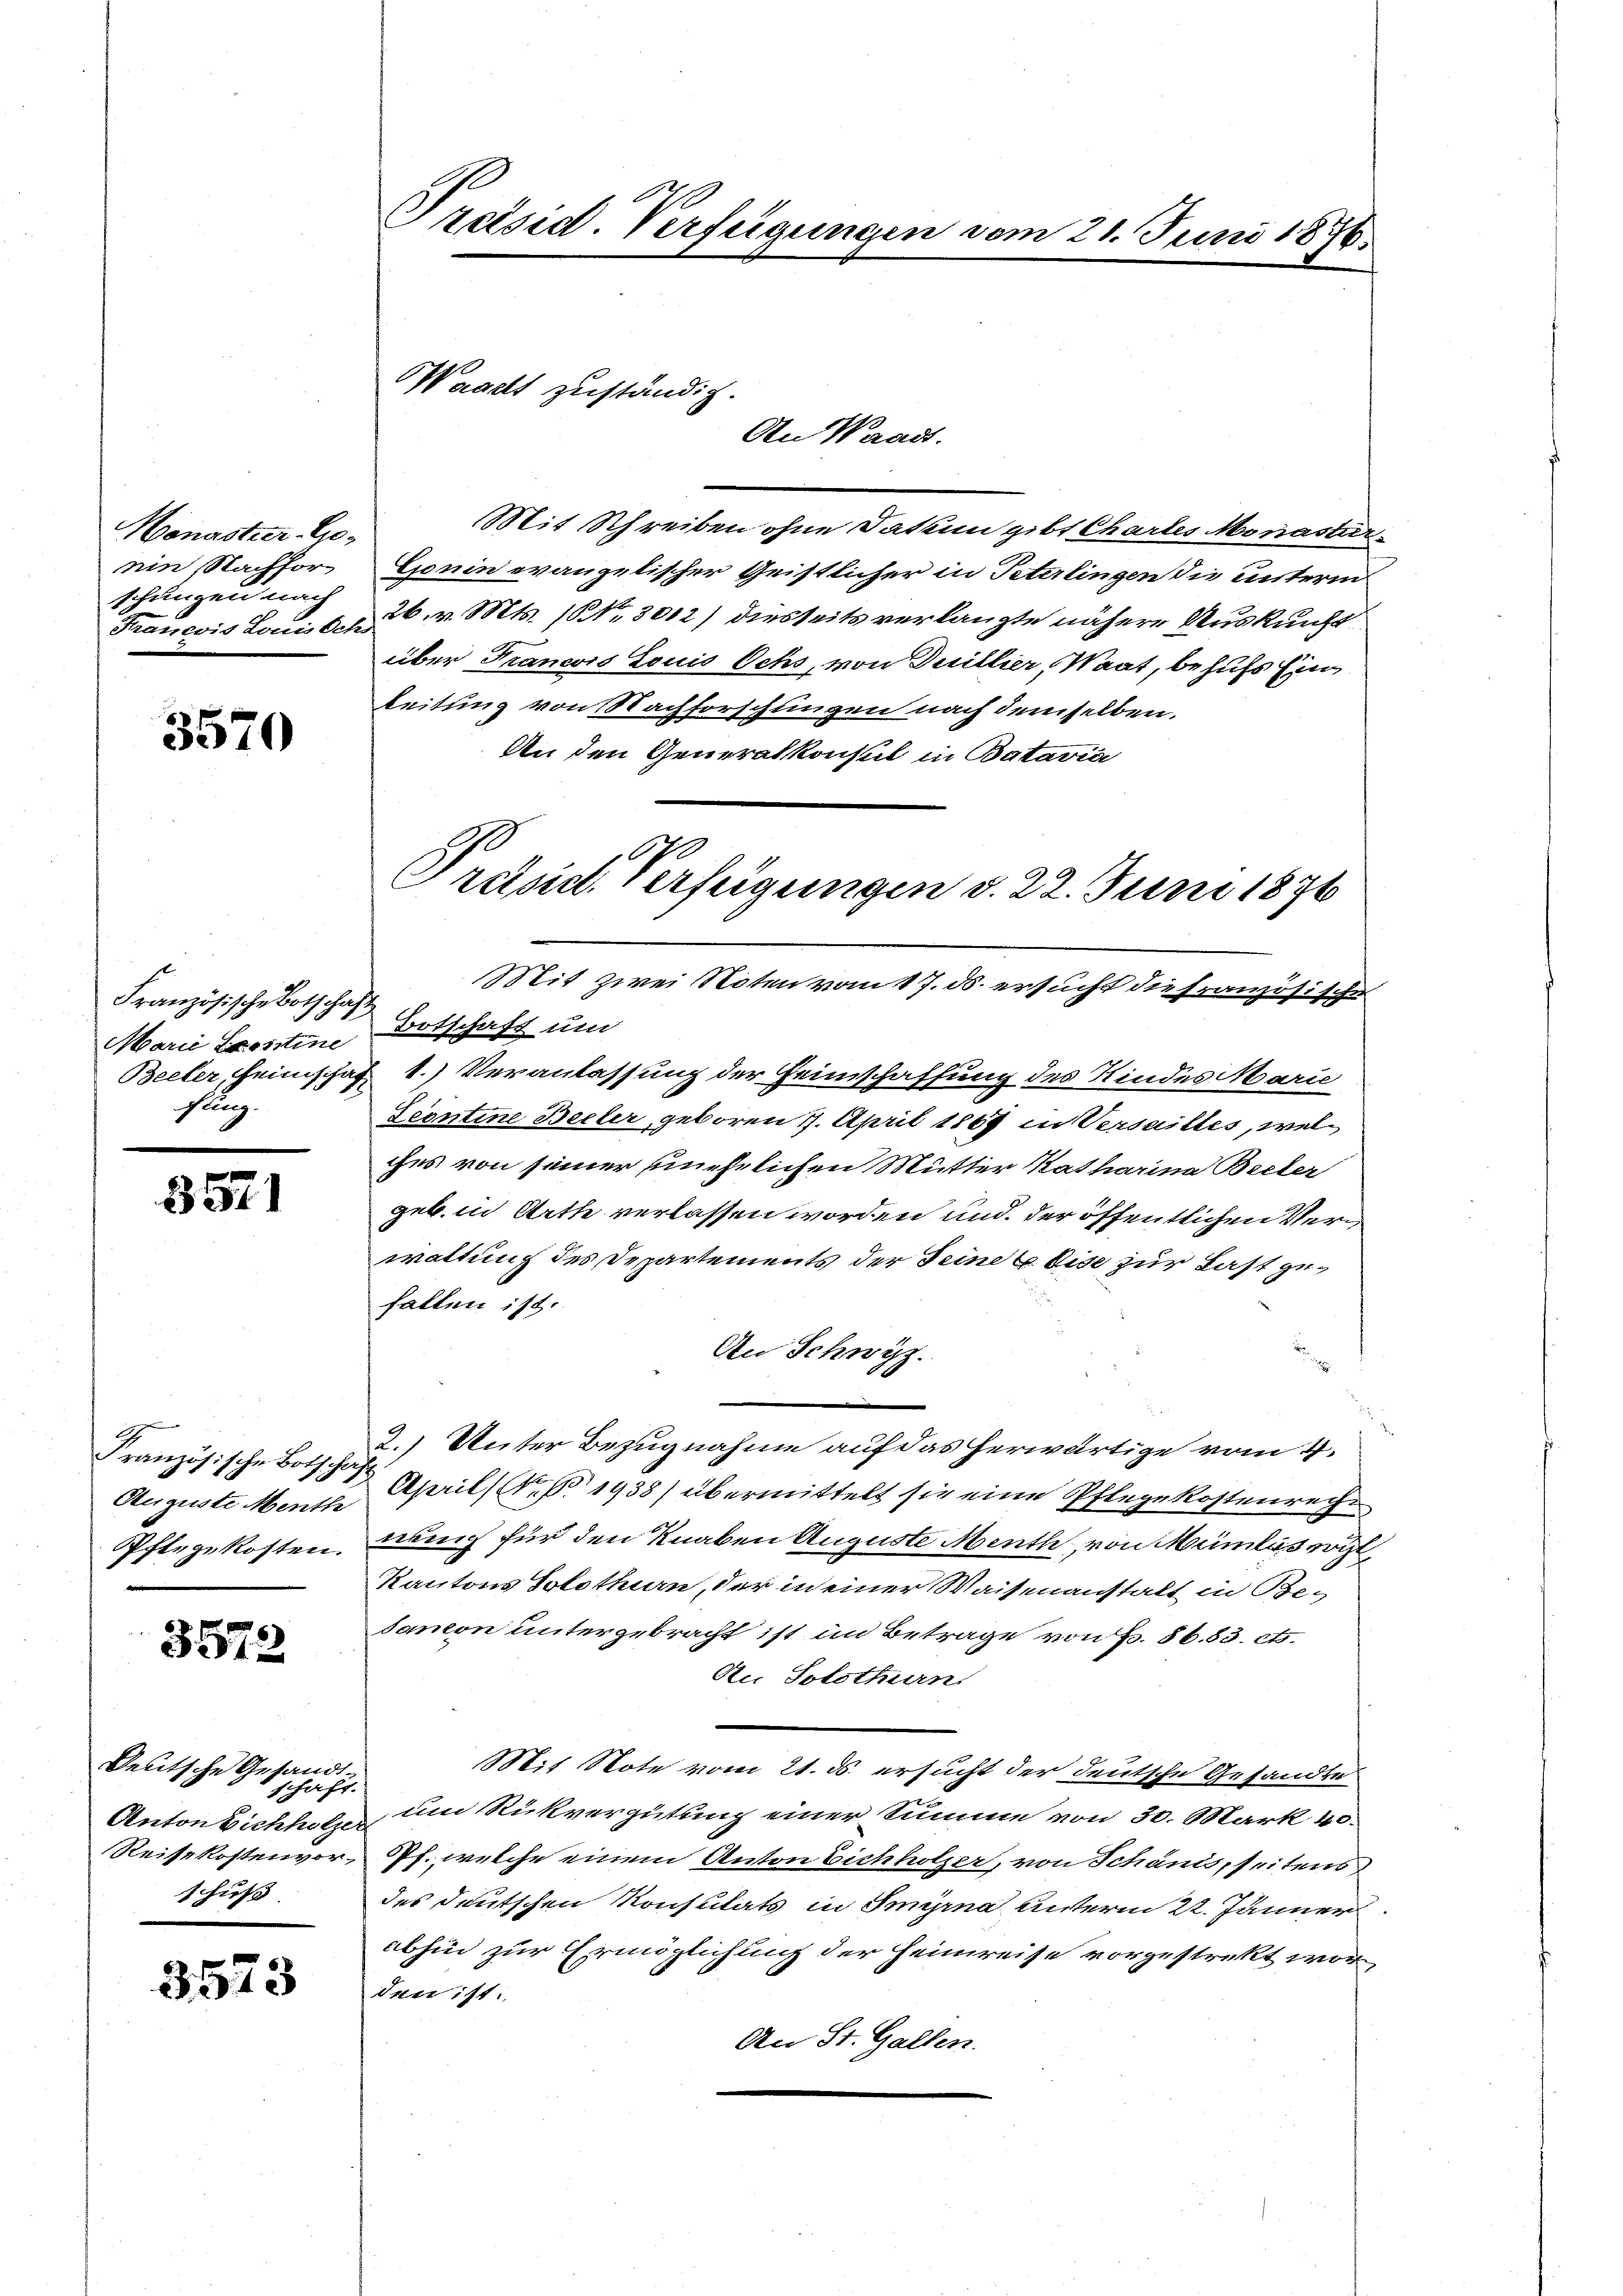
Honastier-Genin, Nachforschungen nach
Francois Louis der

3570

Französische Botschaf
Marie Leontine
Beeler, Heimschaf
flug.

357)

Französische Botschaf¬
Auguste Menth
Pflegekosten.

3572

Deutsche Gesandt
schaft.
Anton Eichholze.
Reisekostenvorschuß

3573

Präsid. Verfügungen vom 21. Juni 1876.

Waacht zuständig.

An Waadt.

Mit Schreiben ohne Datum gibt Chartes Monastar
Gonin evangelischer Geistlicher in Peterlingen die unterm
26. v. Mts. 10 3012) diesseits verlangte nähere Auskunft
über Francois Louis Ochs, von Duillier, Waat, behufs Ein
leitung von Nachforschungen nach demselben.
An den Generalkonsul in Batavia
Mit zwei Noten vom 17. ds. ersucht die französische
Botschaft und
1.) Veranlassung der Heimschaffung des Kindes Marie
Scontine Becker, geboren 7. April 1869 in Versailles, wel
ches von seiner unehelichen Mutter Katharina Beeter
geb. in Arth verlassen worden und der öffentlichen Verwaltung des Departements der Seine u dise zur Last gefallen ist.
An Schwyz.
2.) Unter Bezugnahme auf das herwärtige vom 4.
April 1938) übermittelt sie eine Pflege kostenrech
neuch für den Knaben Auguste Menth, von Mümlos wil¬
Kantons Solothurn, der in einer Waisenanstalt in Be-
sanion untergebracht ist im Betrage von P. 86. 83. et.
An Solothurn.
Mit Note vom 21. ds. ersucht der deutsche Gesandte
um Rückvergütung einer Summe von 30. Mark 40.
Pf. welche einem Anton Eichholzer, von Schänds, seitens
des deutschen Konsulats in Iminna unterm 22. Jänner
abhin zur Ermöglichung der Heimreise vorgestrekt worden ist.
An St. Gallen.

070
Präsid. Verfügungen d. 22. Juni 1876